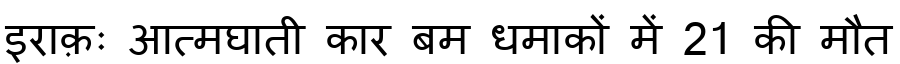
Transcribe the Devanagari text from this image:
इराक़ः आत्मघाती कार बम धमाकों में 21 की मौत